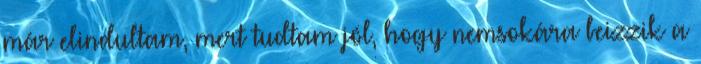
már elindultam, mert tudtam jól, hogy nemsokára beizzik a